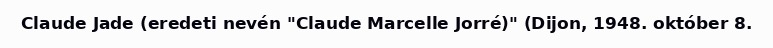
Claude Jade (eredeti nevén "Claude Marcelle Jorré)" (Dijon, 1948. október 8.